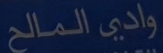
وادي المالح